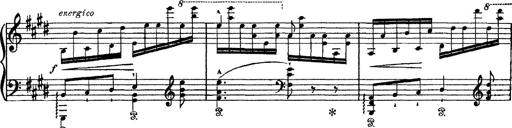
Title: Tarantelle di bravura dâ€™aprÃ¨s la tarantelle de La muette de Portici
Composer: Franz Liszt